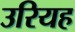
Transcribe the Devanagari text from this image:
उरियह